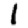
Digit: 1